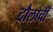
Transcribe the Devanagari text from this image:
दौलाची